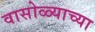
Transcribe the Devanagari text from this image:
वासोळ्याच्या